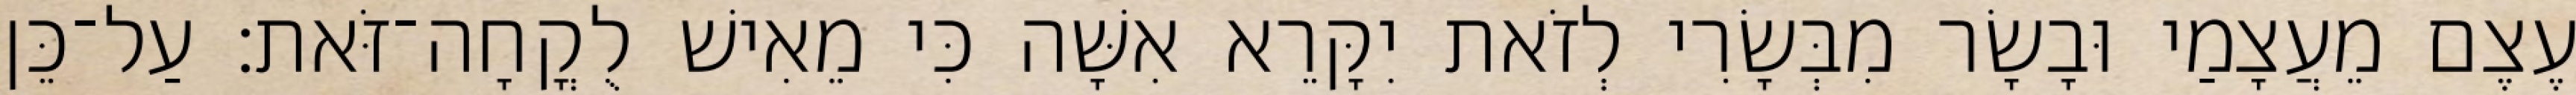
עֶצֶם מֵעֲצָמַי וּבָשָׂר מִבְּשָׂרִי לְזֹאת יִקָּרֵא אִשָּׁה כִּי מֵאִישׁ לֻקֳחָה־זֹּאת׃ עַל־כֵּן